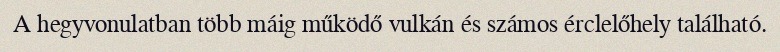
A hegyvonulatban több máig működő vulkán és számos érclelőhely található.